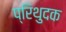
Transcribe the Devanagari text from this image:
प्रिथुदक